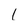
Character: 1